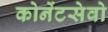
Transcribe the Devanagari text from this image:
कोनेंटसेवो